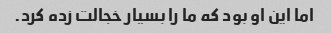
اما این او بود که ما را بسیار خجالت زده کرد.